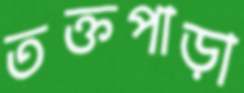
তক্তপাড়া